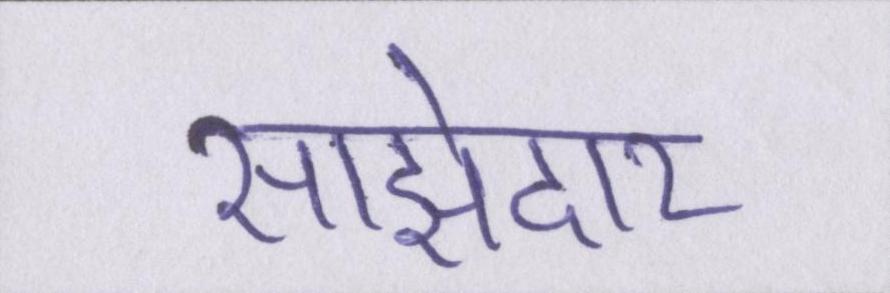
साझेदार